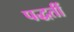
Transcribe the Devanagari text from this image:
पद्धतीं